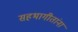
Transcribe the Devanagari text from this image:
सहभागीतांना